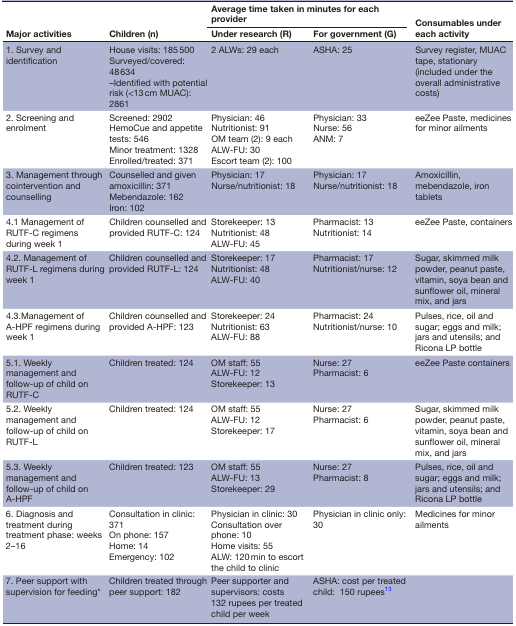
<table><thead><tr><td rowspan="2"><b>Major activities</b></td><td rowspan="2"><b>Children (n)</b></td><td colspan="2"><b>Average time taken in minutes for each provider</b></td><td rowspan="2"><b>Consumables under each activity</b></td></tr><tr><td><b>Under research (R)</b></td><td><b>For government (G)</b></td></tr></thead><tbody><tr><td>1. Survey and identification</td><td>House visits: 185 500 Surveyed/covered: 48 634 –Identified with potential risk (&lt;13 cm MUAC): 2861</td><td>2 ALWs: 29 each</td><td>ASHA: 25</td><td>Survey register, MUAC tape, stationary (included under the overall administrative costs)</td></tr><tr><td>2. Screening and enrolment</td><td>Screened: 2902 HemoCue and appetite tests: 546 Minor treatment: 1328 Enrolled/treated: 371</td><td>Physician: 46 Nutritionist: 91 OM team (2): 9 each ALW-FU: 30 Escort team (2): 100</td><td>Physician: 33 Nurse: 56 ANM: 7</td><td>eeZee Paste, medicines for minor ailments</td></tr><tr><td>3. Management through cointervention and counselling</td><td>Counselled and given amoxicillin: 371 Mebendazole: 162 Iron: 102</td><td>Physician: 17 Nurse/nutritionist: 18</td><td>Physician: 17 Nurse/nutritionist: 18</td><td>Amoxicillin, mebendazole, iron tablets</td></tr><tr><td>4.1 Management of RUTF-C regimens during week 1</td><td>Children counselled and provided RUTF-C: 124</td><td>Storekeeper: 13 Nutritionist: 48 ALW-FU: 45</td><td>Pharmacist: 13 Nutritionist: 14</td><td>eeZee Paste, containers</td></tr><tr><td>4.2. Management of RUTF-L regimens during week 1</td><td>Children counselled and provided RUTF-L: 124</td><td>Storekeeper: 17 Nutritionist: 48 ALW-FU: 40</td><td>Pharmacist: 17 Nutritionist/nurse: 12</td><td>Sugar, skimmed milk powder, peanut paste, vitamin, soya bean and sunflower oil, mineral mix, and jars</td></tr><tr><td>4.3. Management of A-HPF regimens during week 1</td><td>Children counselled and provided A-HPF: 123</td><td>Storekeeper: 24 Nutritionist: 63 ALW-FU: 88</td><td>Pharmacist: 24 Nutritionist/nurse: 10</td><td>Pulses, rice, oil and sugar; eggs and milk; jars and utensils; and Ricona LP bottle</td></tr><tr><td>5.1. Weekly management and follow-up of child on RUTF-C</td><td>Children treated: 124</td><td>OM staff: 55 ALW-FU: 12 Storekeeper: 13</td><td>Nurse: 27 Pharmacist: 6</td><td>eeZee Paste containers</td></tr><tr><td>5.2. Weekly management and follow-up of child on RUTF-L</td><td>Children treated: 124</td><td>OM staff: 55 ALW-FU: 12 Storekeeper: 17</td><td>Nurse: 27 Pharmacist: 6</td><td>Sugar, skimmed milk powder, peanut paste, vitamin, soya bean and sunflower oil, mineral mix, and jars</td></tr><tr><td>5.3. Weekly management and follow-up of child on A-HPF</td><td>Children treated: 123</td><td>OM staff: 55 ALW-FU: 13 Storekeeper: 29</td><td>Nurse: 27 Pharmacist: 8</td><td>Pulses, rice, oil and sugar; eggs and milk; jars and utensils; and Ricona LP bottle</td></tr><tr><td>6. Diagnosis and treatment during treatment phase: weeks 2–16</td><td>Consultation in clinic: 371 On phone: 157 Home: 14 Emergency: 102</td><td>Physician in clinic: 30 Consultation over phone: 10 Home visits: 55 ALW: 120 min to escort the child to clinic</td><td>Physician in clinic only: 30</td><td>Medicines for minor ailments</td></tr><tr><td>7. Peer support with supervision for feeding*</td><td>Children treated through peer support: 182</td><td>Peer supporter and supervisors: costs 132 rupees per treated child per week</td><td>ASHA: cost per treated child: 150 rupees13</td><td></td></tr></tbody></table>